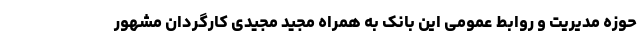
حوزه مدیریت و روابط عمومی این بانک به همراه مجید مجیدی کارگردان مشهور